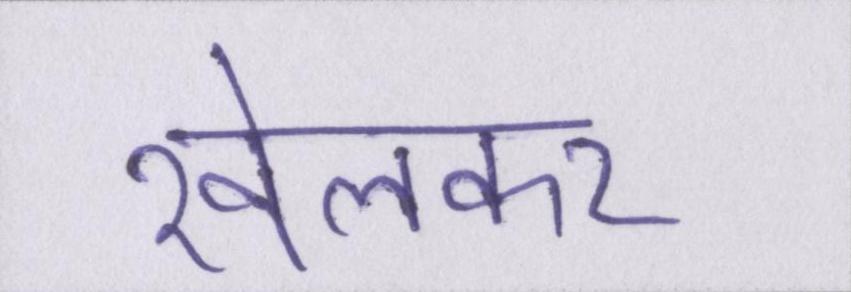
खेलकर